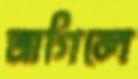
মাগিলে